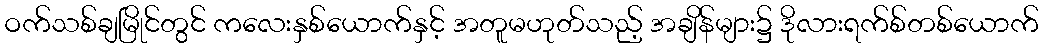
ဝက်သစ်ချမြိုင်တွင် ကလေးနှစ်ယောက်နှင့် အတူမဟုတ်သည့် အချိန်များ၌ ဒိုလားရက်စ်တစ်ယောက်